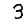
Digit: 3